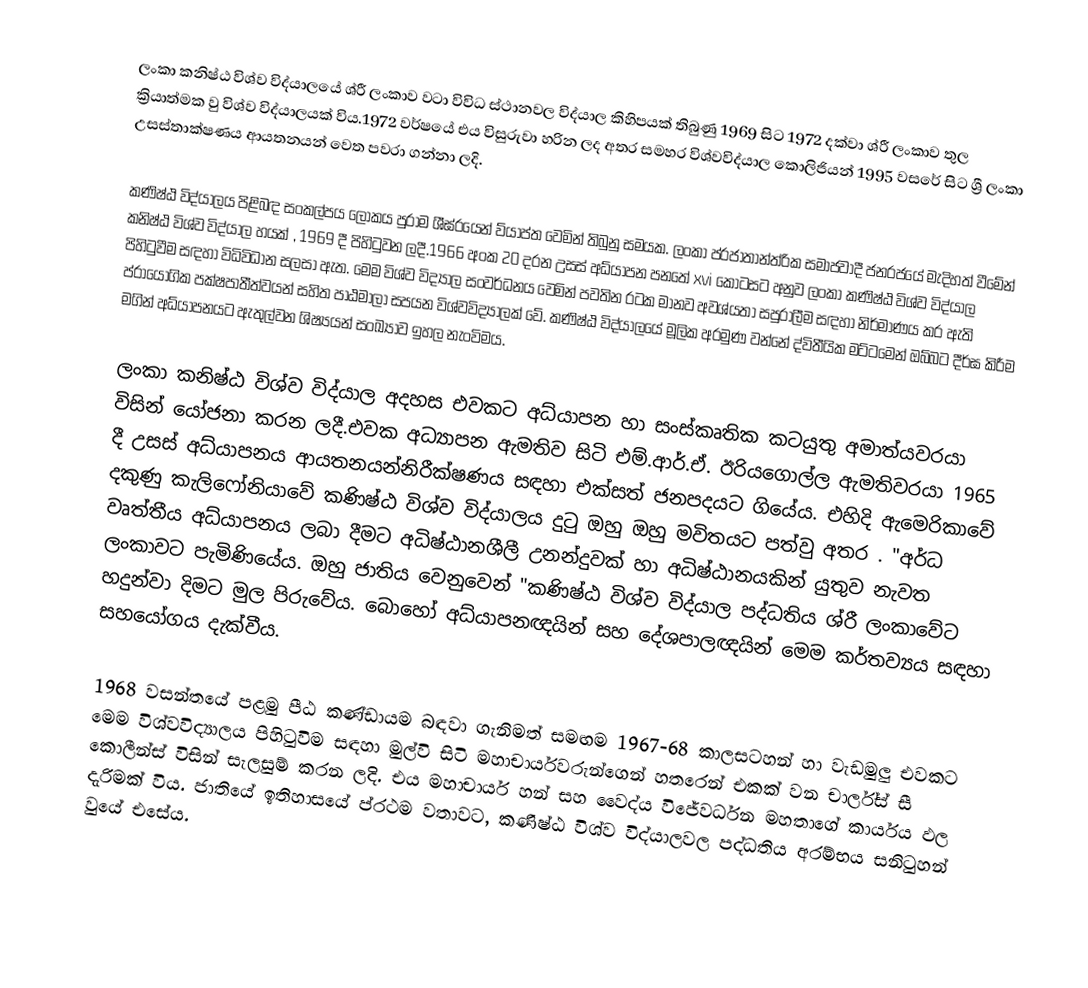
ලංකා කනිෂ්ඨ විශ්ව විද්යාලයේ ශ්රී ලංකාව වටා විවිධ ස්ථානවල  විද්යාල කිහිපයක් තිබුණු  1969 සිට  1972 දක්වා ශ්රී ලංකාව  තුල   ක්‍රියාත්මක වු  විශ්ව විද්යාලයක්   විය.1972 වර්ෂයේ එය විසුරුවා හරින ලද අතර සමහර  විශ්වවිද්යාල කොලිජියන් 1995 වසරේ  සිට ශ්‍රී ලංකා උසස්තාක්ෂණය ආයතනයන් වෙත පවරා ගන්නා ලදි.

කණිෂ්ඨ විද්යාලය පිළිබඳ සංකල්පය ලෝකය පුරාම ශීඝ්රයෙන් ව්යාප්ත වෙමින් තිබුනු සමයක. ලංකා ප්රජාතාන්ත්රික සමාජවාදී ජනරජයේ මැදිහත් වීමේන්  කනිෂ්ඨ විශ්ව විද්යාල හයක් , 1969 දී පිහිටුවන ලදී.1966 අංක 20 දරන උසස් අධ්යාපන පනතේ xvi කොටසට අනුව ලංකා කණිෂ්ඨ විශ්ව විද්යාල  පිහිටුවීම සඳහා විධිවිධාන සලසා ඇත. මෙම  විශ්ව විද්‍යාල  සංවර්ධනය වෙමින් පවතින රටක මානව අවශ්යතා සපුරාලීම සඳහා නිර්මාණය කර ඇති ප්රායෝගික පක්ෂපාතීත්වයන් සහිත පාඨමාලා සපයන විශ්වවිද්‍යාලක්  වේ. කණිෂ්ඨ විද්යාලයේ මූලික අරමුණ වන්නේ ද්විතීයික මට්ටමෙන් ඔබ්බට දීර්ඝ කිරීම මගින් අධ්යාපනයට ඇතුල්වන ශිෂ්‍යයන්  සංඛ්‍යාව ඉහල නැංවිමය.

ලංකා කනිෂ්ඨ විශ්ව විද්යාල අදහස එවකට   අධ්යාපන හා සංස්කෘතික කටයුතු අමාත්යවරයා විසින් යෝජනා කරන ලදී.එවක අධ්‍යාපන ඇමතිව සිටි  එම්.ආර්.ඒ. ඊරියගොල්ල ඇමතිවරයා  1965 දී උසස් අධ්යාපනය ආයතනයන්නිරීක්ෂණය  සඳහා එක්සත් ජනපදයට ගියේය. එහිදි ඇමෙරිකාවේ දකුණු කැලිෆෝනියාවේ කණිෂ්ඨ විශ්ව  විද්යාලය  දුටු ඔහු  ඔහු මවිතයට පත්වු අතර . "අර්ධ වෘත්තීය අධ්යාපනය ලබා දීමට අධිෂ්ඨානශීලී උනන්දුවක් හා අධිෂ්ඨානයකින් යුතුව නැවත ලංකාවට පැමිණියේය. ඔහු ජාතිය වෙනුවෙන් "කණිෂ්ඨ විශ්ව විද්යාල පද්ධතිය ශ්රී ලංකාවේට හදුන්වා දිමට මුල පිරුවේය. බොහෝ අධ්යාපනඥයින් සහ දේශපාලඥයින් මෙම කර්තව්‍යය සඳහා සහයෝගය දැක්වීය.

1968 වසන්තයේ පළමු පීඨ කණ්ඩායම බඳවා ගැනිමත් සමඟම 1967-68 කාලසටහන්  හා  වැඩමුලු  එවකට මෙම විශ්වවිද්‍යාලය පිහිටුවිම සඳහා මුල්වි සිටි  මහාචාර්යවරුන්ගෙන් හතරෙන් එකක් වන චාර්ල්ස් සී කොලීන්ස් විසින් සැලසුම් කරන ලදි. එය  මහාචාර්ය හන් සහ වෛද්ය විජේවර්ධන මහතාගේ කාර්යය ඵල දැරිමක් විය. ජාතියේ ඉතිහාසයේ ප්රථම වතාවට, කණිෂ්ඨ විශ්ව විද්යාලවල පද්ධතිය අරම්භය සනිටුහන් වුයේ එසේය.